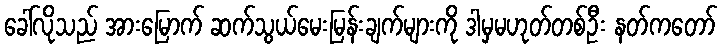
ခေါ်လိုသည် အားမြောက် ဆက်သွယ်မေးမြန်းချက်များကို ဒါမှမဟုတ်တစ်ဦး နတ်ကတော်